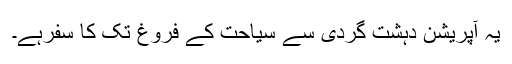
یہ آپریشن دہشت گردی سے سیاحت کے فروغ تک کا سفرہے۔